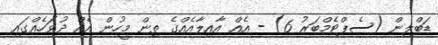
ޑަބްލިން (ސެޕްޓެމްބަރު 6) - އެއް އާއިލާއެއްގެ ތިން މީހުން އެއް ދުވަހެއްގައި